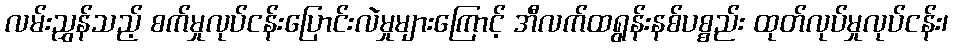
လမ်းညွှန်သည့် စက်မှုလုပ်ငန်းပြောင်းလဲမှုများကြောင့် အီလက်ထရွန်းနစ်ပစ္စည်း ထုတ်လုပ်မှုလုပ်ငန်း၊